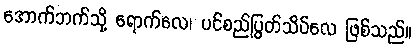
အောက်ဘက်သို့ ရောက်လေ၊ ပင်စည်ပြွတ်သိပ်လေ ဖြစ်သည်။